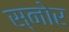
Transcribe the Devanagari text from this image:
स्नोर